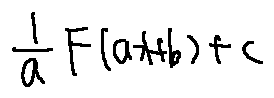
\frac { 1 } { a } F ( a x + b ) + C